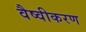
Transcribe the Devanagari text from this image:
वैष्वीकरण